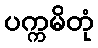
ပက္ကမိတုံ